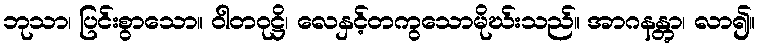
ဘုသာ၊ ပြင်းစွာသော။ ဝါတဝုဋ္ဌိ၊ လေနှင့်တကွသောမိုဃ်းသည်။ အာဂနန္တွာ၊ လာ၍။